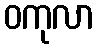
ဝကုလာ